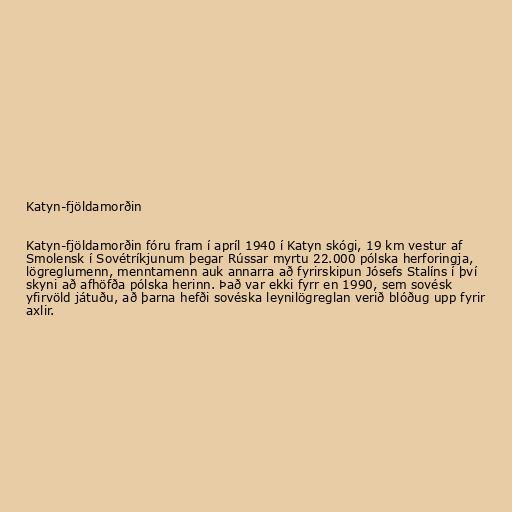
Katyn-fjöldamorðin

Katyn-fjöldamorðin fóru fram í apríl 1940 í Katyn skógi, 19 km vestur af
Smolensk í Sovétríkjunum þegar Rússar myrtu 22.000 pólska herforingja,
lögreglumenn, menntamenn auk annarra að fyrirskipun Jósefs Stalíns í því
skyni að afhöfða pólska herinn. Það var ekki fyrr en 1990, sem sovésk
yfirvöld játuðu, að þarna hefði sovéska leynilögreglan verið blóðug upp fyrir
axlir.